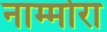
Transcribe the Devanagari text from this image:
नाम्मोरा